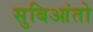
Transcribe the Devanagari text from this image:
सुबिआंतो